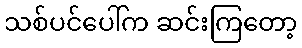
သစ်ပင်ပေါ်က ဆင်းကြတော့